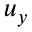
u _ { y }